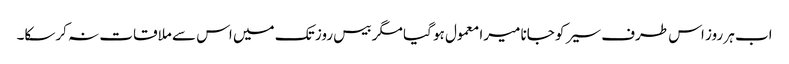
اب ہر روز اس طرف سیر کو جانا میرا معمول ہو گیا مگر بیس روز تک میں اس سے ملاقات نہ کرسکا۔